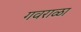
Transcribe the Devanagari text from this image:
गवराळा